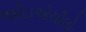
જોઇએચીલો